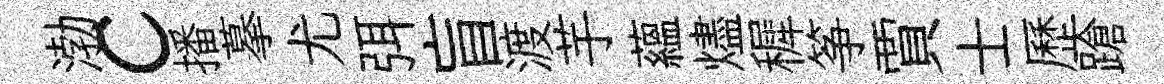
渤c播摹尤弭盲渡芋蘊燼穉筝賈士歷蹌